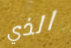
الذي